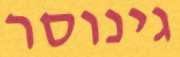
גינוסר